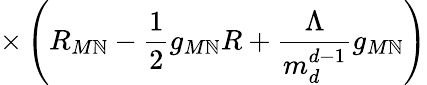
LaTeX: \times\left(R_{M\mathbb{N}}-\frac{{1}}{{2}}g_{M\mathbb{N}}R+\frac{{\Lambda}}{{m_{d}^{d-1}}}g_{M\mathbb{N}}\right)